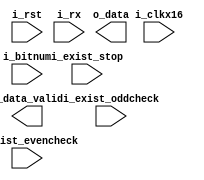
// 1
// 8bit5678
// 
// 
// 9600 bit/s  48009600115200
// 11 0 xxxx_xxxx x 1  
// 
`timescale 1ns/100ps

module uart_rx (
input                 i_clkx16          ,
input                 i_rst             ,
input                 i_rx              ,//
input                 i_exist_oddcheck  ,//
input                 i_exist_evencheck ,//
input                 i_exist_stop      ,//1bit
input       [3:0]     i_bitnum          ,//5-8

output      [7:0]     o_data            ,
output                o_data_valid
);

parameter IDLE = 3'd0,START = 3'd1,RDATA = 3'd2, CHECK = 3'd3,STOP = 3'd4;

wire rx              = i_rx                 ;
wire exist_oddcheck  = i_exist_oddcheck     ;
wire exist_evencheck = i_exist_evencheck    ;
wire exist_stop      = i_exist_stop         ;
wire bitnum          = i_bitnum             ;
reg [2:0] cur_sta,next_sta;
reg rx_1d;
wire rx_n1p,IDLE2START;

always@(posedge i_clkx16 or posedge i_rst)  begin if(i_rst) cur_sta  <= #1 3'b0; else cur_sta <= #1 next_sta;end

always@(*)  begin
    case(cur_sta)
    IDLE:  next_sta = IDLE2START ? START:IDLE;
    START: next_sta = next_sta;
    RDATA: next_sta = next_sta;
    CHECK: next_sta = next_sta;
    STOP: next_sta = next_sta;
    default:next_sta = next_sta;
    endcase
end


assign  IDLE2START  = (cur_sta== IDLE) & rx_n1p;//IDLESTART

// always@(posedge i_clkx16 or posedge i_rst)  begin
    // if(i_rst) data  <= #1 15'b0; 
    // else if(i_sop) data <= #1 {i_data,7'b0};//
    // else if(shift_stop) data <= #1 15'b0;//
    // else data <= #1 {sum[7:0],data[5:0],1'b0};
// end






always@(posedge i_clkx16 or posedge i_rst)  begin if(i_rst) rx_1d  <= #1 1'b0; else rx_1d <= #1 rx;end
assign rx_n1p = rx_1d & (~rx);

endmodule